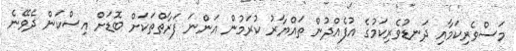
މަސްވެރިކަމާއި ދަނޑުވެރިކަމުގެ އުފެއްދުން ތައްޔާރު ކުރަމުން އަންނަ ފަރާތްތަކަށް ބޮޑަށް އިސްކަން ދެވޭނެ